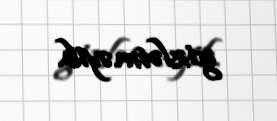
gizlətməyib.